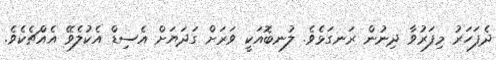
ދެފަހަރު މިފަރުވާ ދިނުން ރަނގަޅެވެ. ލުނބޮއަކީ ވަރަށް ގަދަޔަށް އެސިޑް އެކުލެވޭ އެއްޗެކެވެ.